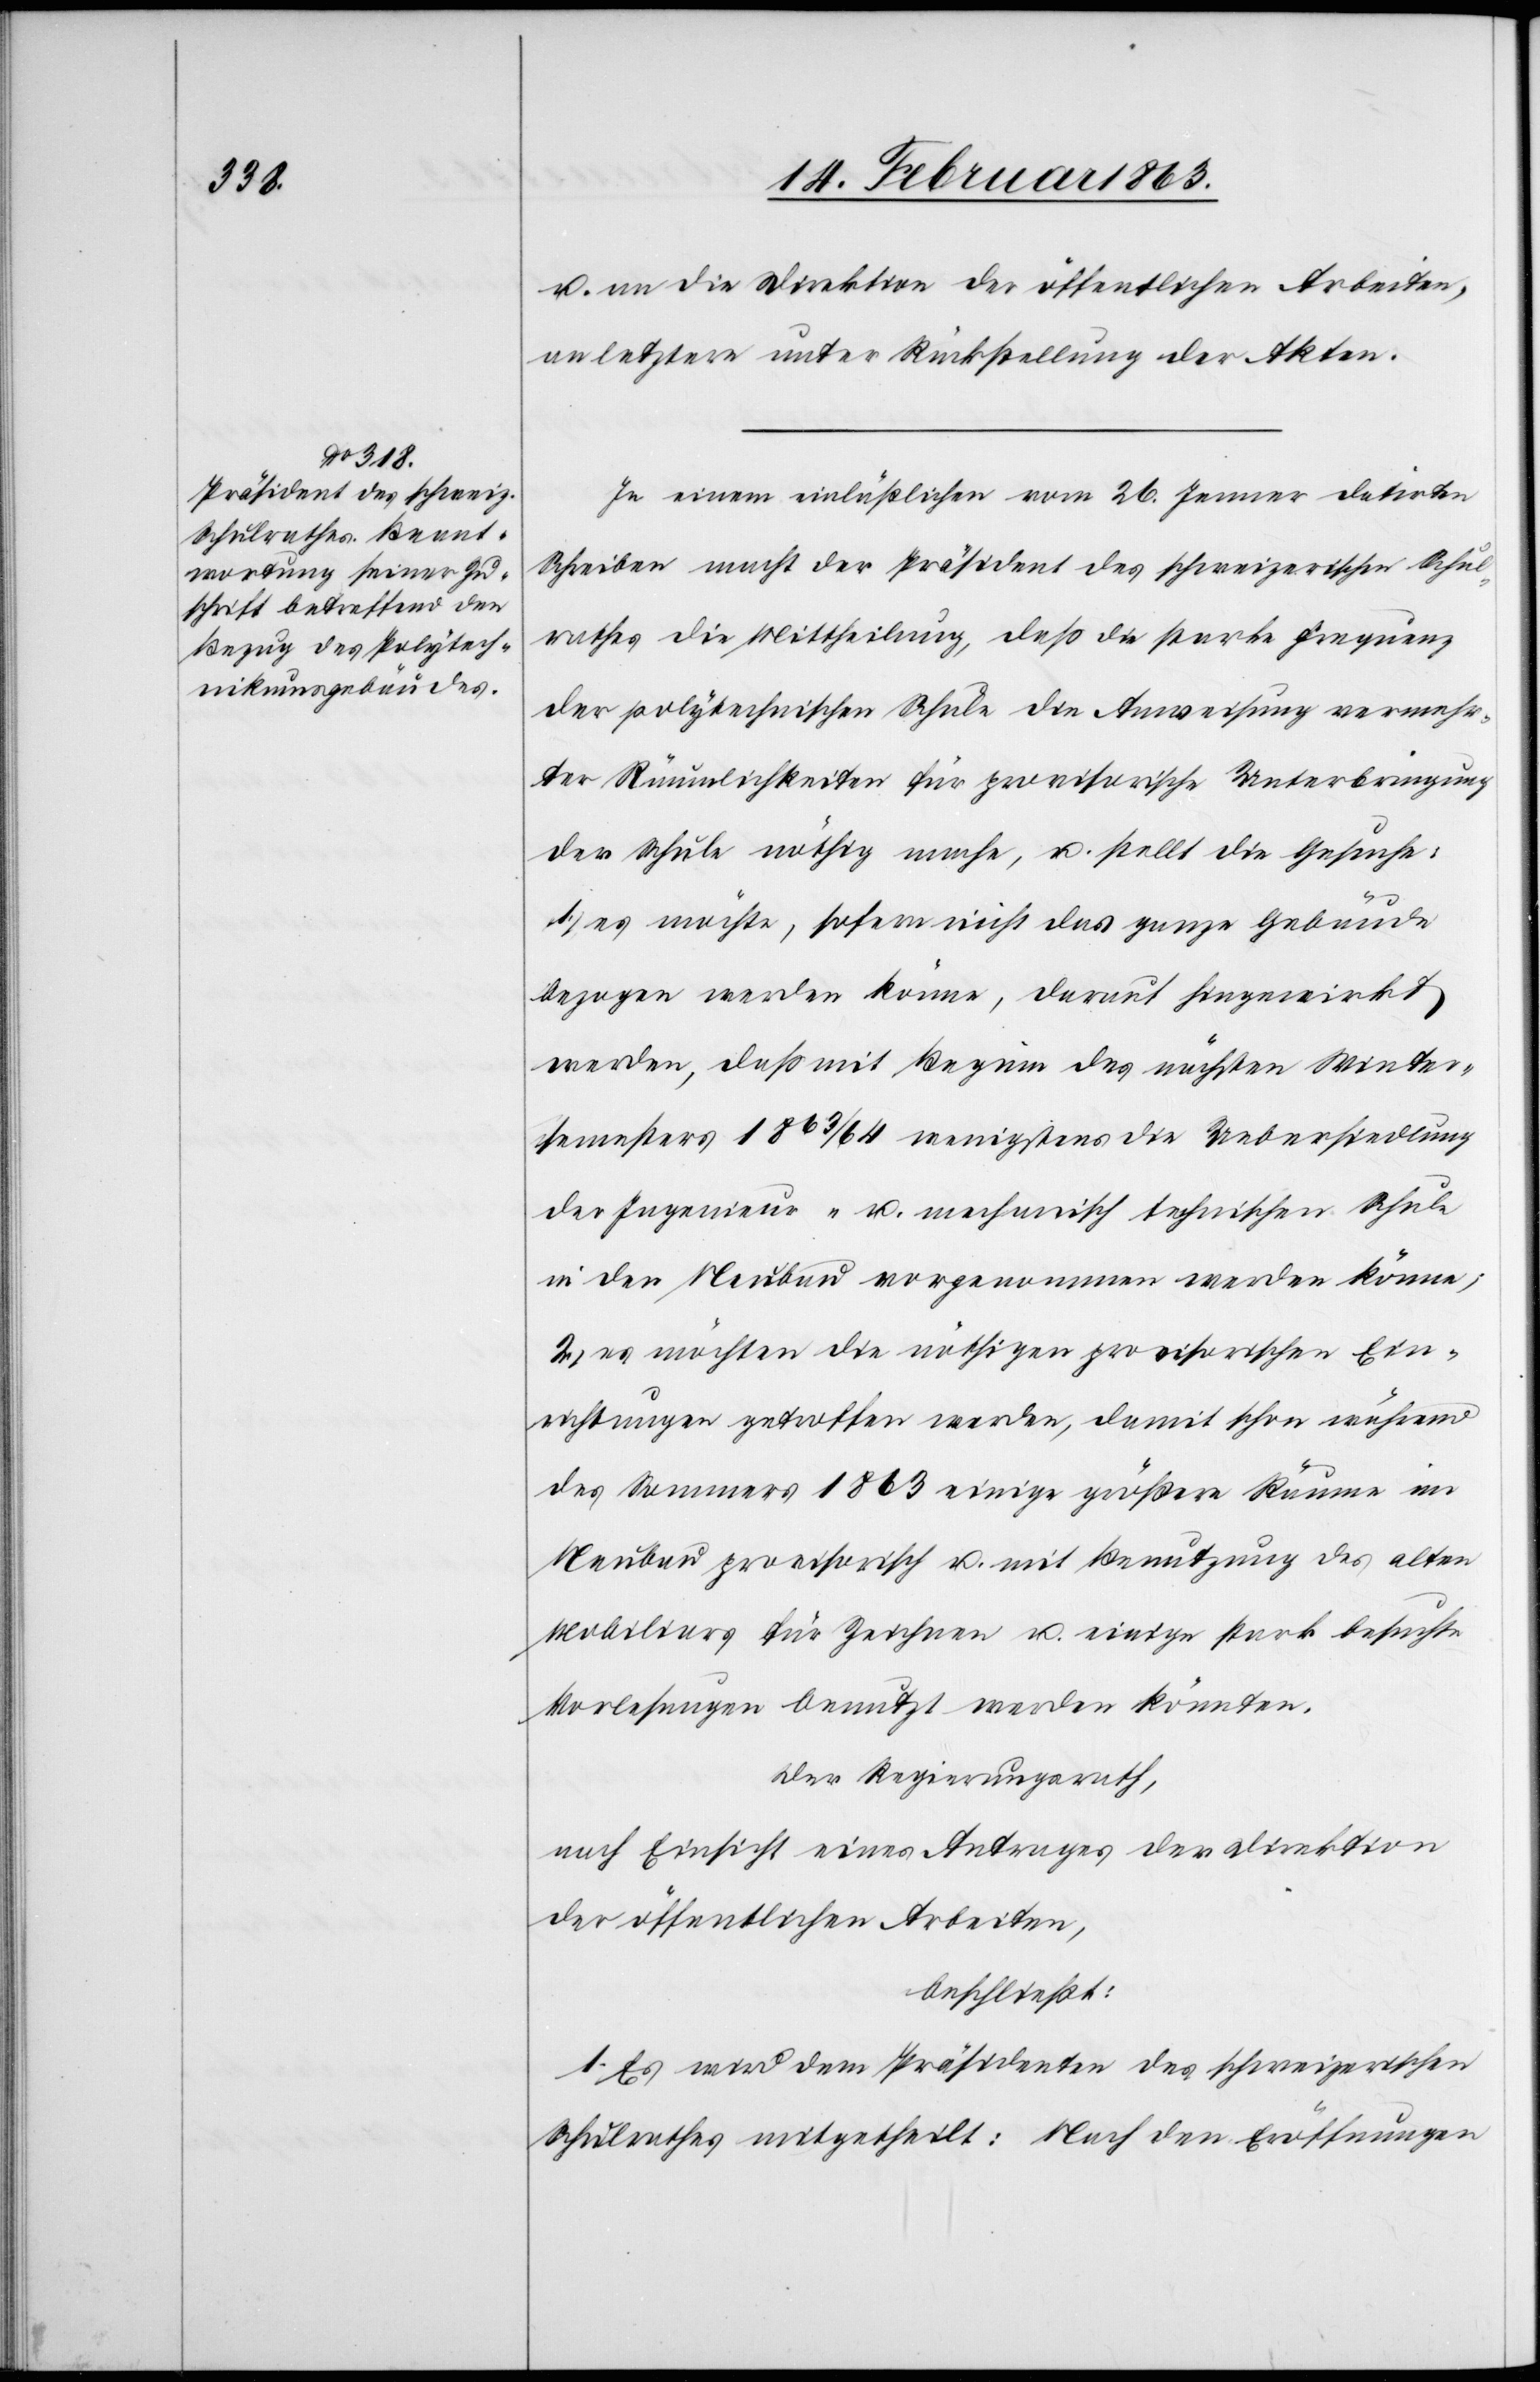
u. an die Direktion der öffentlichen Arbeiten,
an letztere unter Rückstellung der Akten.
In einem einläßlichen vom 26. Jenner datirten
Schreiben macht der Präsident des schweizerischen Schul¬
rathes die Mittheilung, daß die starke Frequenz
der polytechnischen Schule die Anweisung vermehr¬
ter Räumlichkeiten für provisorische Unterbringung
der Schule nöthig mache, u. stellt die Gesuche:
1.) es möchte, sofern nicht das ganze Gebäude
bezogen werden könne, darauf hingewirkt
werden, daß mit Beginn des nächsten Winter¬
semesters 1863/64 wenigstens die Uebersiedlung
der Ingenieur- u. mechanisch technischen Schule
in den Neubau vorgenommen werden könne;
2.) es möchten die nöthigen provisorischen Ein¬
richtungen getroffen werden, damit schon während
des Sommers 1863 einige größere Räume im
Neubau provisorisch u. mit Benutzung des alten
Mobiliars für Zeichnen u. einige stark besuchte
Vorlesungen benutzt werden könnten.
Der Regierungsrath,
nach Einsicht eines Antrages der Direktion
der öffentlichen Arbeiten,
beschließt:
1. Es wird dem Präsidenten des schweizerischen
Schulrathes mitgetheilt: Nach den Eröffnungen